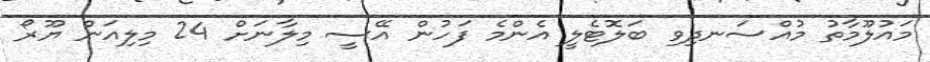
މައުލޫމާތު މުއްސަނދިވި ބަލޮޓެލީ އެންމެ ފަހުން އޭސީ މިލާނަށް 24 މިލިއަން ޔޫރޯ